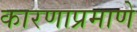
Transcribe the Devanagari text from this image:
कारणाप्रमाणे